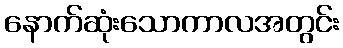
နောက်ဆုံးသောကာလအတွင်း